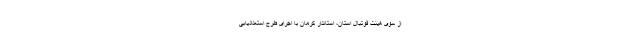
از سوی هیئت فوتبال استان، استاندار کرمان با اجرای طرح استعدادیابی